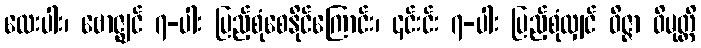
လေးပါး၊ ဗောဇ္ဈင် ၇-ပါး ပြည့်စုံစေနိုင်ကြောင်း၊ ၎င်းင်း ၇-ပါး ပြည့်စုံလျှင် ဝိဇ္ဇာ ဝိမုတ္တိ